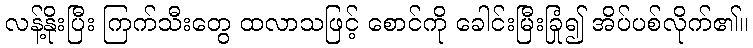
လန့်နိုးပြီး ကြက်သီးတွေ ထလာသဖြင့် စောင်ကို ခေါင်းမြီးခြုံ၍ အိပ်ပစ်လိုက်၏။